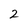
Character: 2